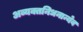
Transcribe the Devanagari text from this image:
अव्यक्तनिधनान्येव